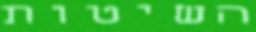
השיטות